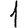
Digit: 1